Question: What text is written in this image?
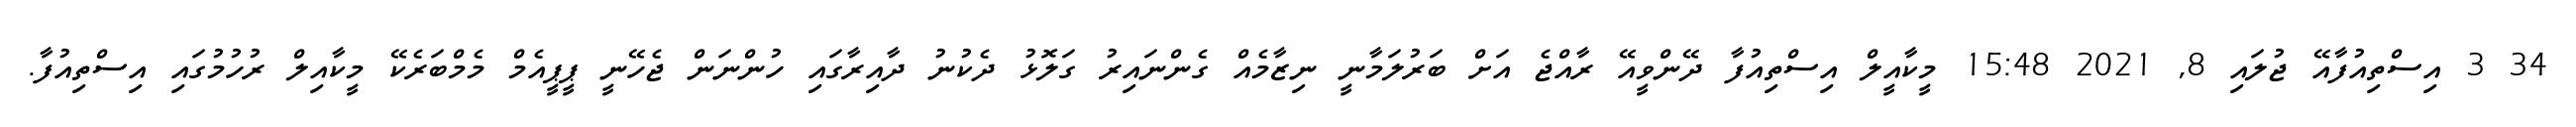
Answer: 34 3 އިސްތިއުފާއޭ ޖުލައި 8, 2021 15:48 މީކާއީލް އިސްތިއުފާ ދޭންވީއޭ ރާއްޖެ އަށް ބަރުލަމާނީ ނިޒާމެއް ގެންނައިރު ގަލޮޅު ދެކުނު ދާއިރާގައި ހުންނަން ޖެހޭނީ ޕީޕީއެމް މެމްބަރެކޭ މީކާއިލް ރުހުމުގައި އިސްތިއުފާ.